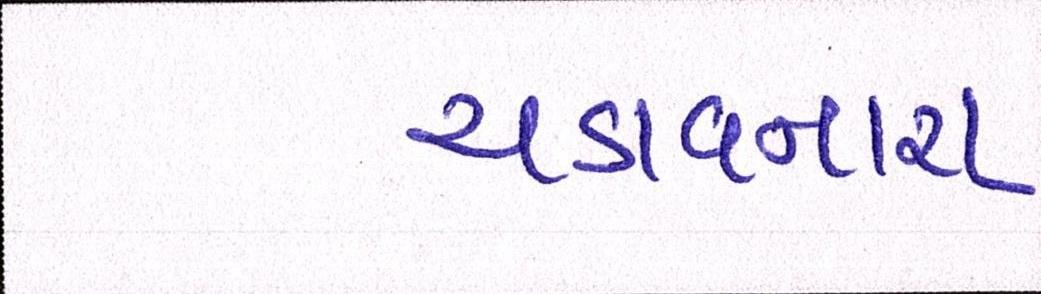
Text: ચડાવનારા